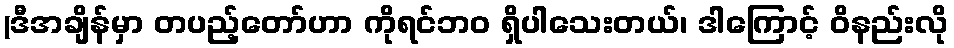
(ဒီအချိန်မှာ တပည့်တော်ဟာ ကိုရင်ဘဝ ရှိပါသေးတယ်၊ ဒါကြောင့် ဝိနည်းလို